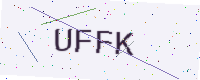
Text: UFFK